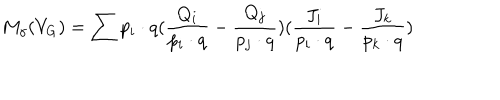
M _ { \gamma } ( V _ { G } ) = \sum p _ { i } \cdot q ( \frac { Q _ { i } } { p _ { i } \cdot q } - \frac { Q _ { j } } { p _ { j } \cdot q } ) ( \frac { J _ { i } } { p _ { i } \cdot q } - \frac { J _ { k } } { p _ { k } \cdot q } )